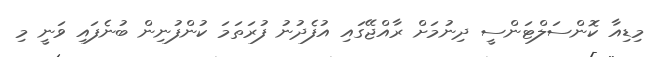
މިޑިއާ ކޮންސަލްޓަންސީ ދިނުމަށް ރާއްޖޭގައި އުފެދުނު ފުރަތަމަ ކުންފުނިން ބުނެފައި ވަނީ މި